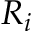
R _ { i }